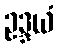
ဥဒ္ဒယံ